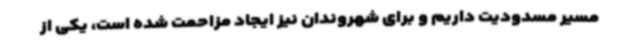
مسیر مسدودیت داریم و برای شهروندان نیز ایجاد مزاحمت شده است، یکی از